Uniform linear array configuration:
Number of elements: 48
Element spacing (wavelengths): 0.25
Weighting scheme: hamming
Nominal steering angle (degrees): -30
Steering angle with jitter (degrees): -31.673
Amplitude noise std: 0.05
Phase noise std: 0.05

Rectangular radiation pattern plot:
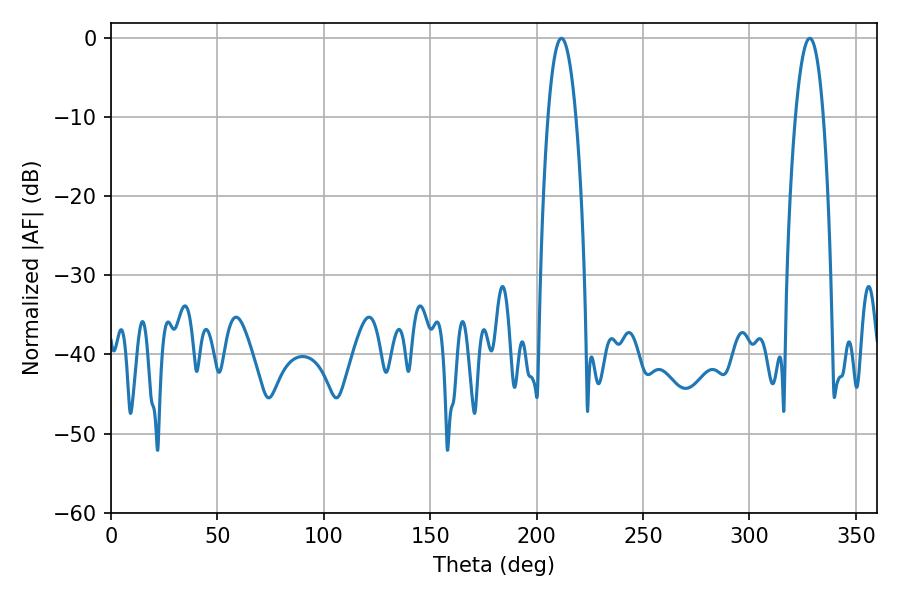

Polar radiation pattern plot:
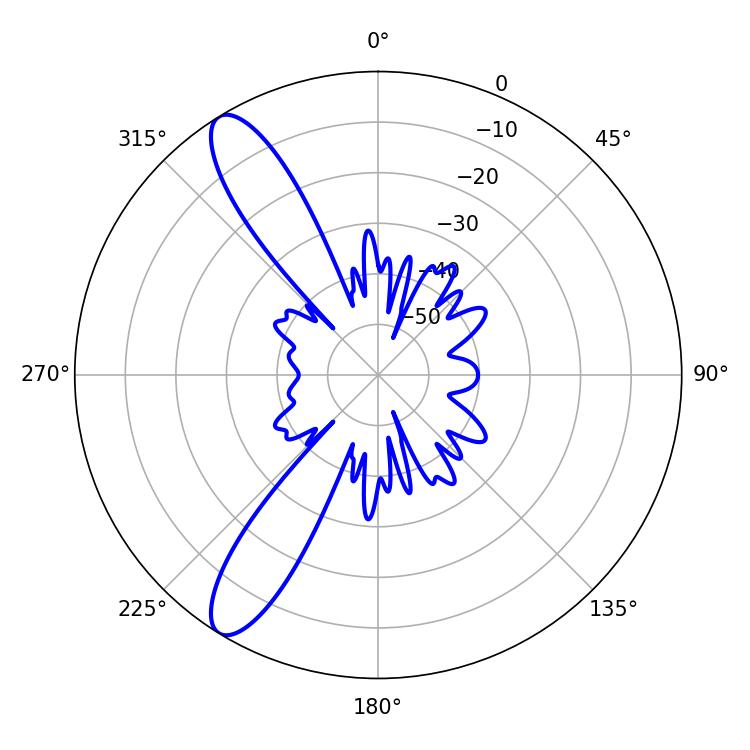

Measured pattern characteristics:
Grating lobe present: FALSE
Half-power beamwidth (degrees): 7.2
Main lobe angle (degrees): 211.68